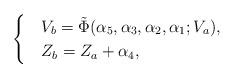
LaTeX: \begin{align*}\begin{cases}&V_b=\tilde{\Phi}(\alpha_5,\alpha_3,\alpha_2,\alpha_1;V_a),\\&Z_b=Z_a+\alpha_4,\end{cases}\end{align*}